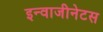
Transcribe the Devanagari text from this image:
इन्वाजीनेटस